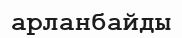
арланбайды